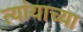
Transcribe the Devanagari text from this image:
त्यांयाच्या